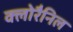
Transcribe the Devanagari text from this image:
क्लोरैनिल